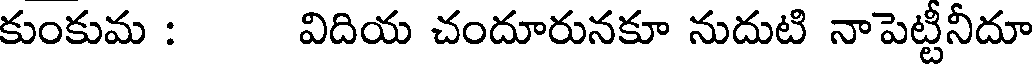
కుంకుమ : విదియ చందూరునకూ నుదుటి నాపెట్టీనీదూ